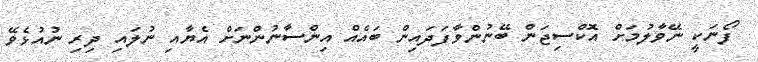
ފޯނަކީ ނޭވާލުމަށް އޮކްސިޖަން ބޭނުންވާފަދައިން ބައެއް އިންސާނުންނަށް އެޔާއި ނުލައި ދިރި ނުއުޅެވޭ